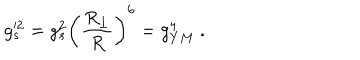
g _ { s } ^ { 2 } = g _ { s } ^ { 2 } \left( { \frac { { R } _ { \perp } } { R } } \right) ^ { 6 } = g _ { Y M } ^ { 4 } \ .